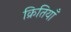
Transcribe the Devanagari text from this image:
क्रितियाँ